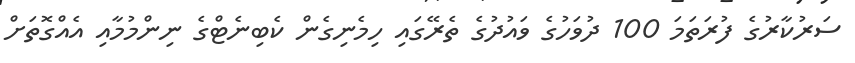
ސަރުކާރުގެ ފުރަތަމަ 100 ދުވަހުގެ ވައުދުގެ ތެރޭގައި ހިމެނިގެން ކެބިނެޓްގެ ނިންމުމާއި އެއްގޮތަށް